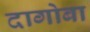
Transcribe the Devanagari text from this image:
दागोबा